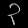
Digit: ၃